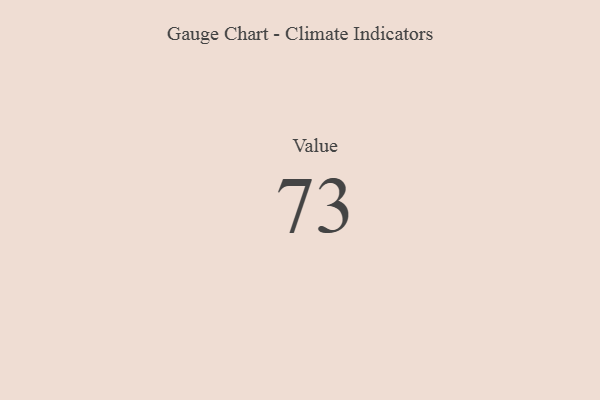
{"axis": {"x": "Metric", "y": "Value"}, "legend": [""], "data": [{"x": "Value", "y": 73, "type": ""}]}